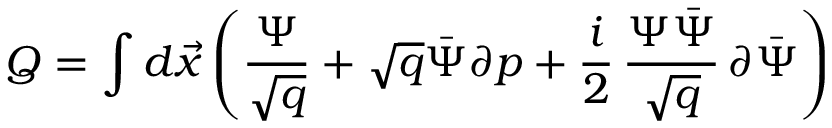
Q = \int d \vec { x } \left( \frac { \Psi } { \sqrt { q } } + \sqrt { q } \bar { \Psi } \partial p + \frac { i } { 2 } \, \frac { \Psi \bar { \Psi } } { \sqrt { q } } \, \partial \bar { \Psi } \right)